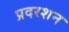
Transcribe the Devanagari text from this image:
प्रदरशन